Civil Veterinary Department. Central Provinces & Berar 1925-31 - 1925-1931
Year: 1925
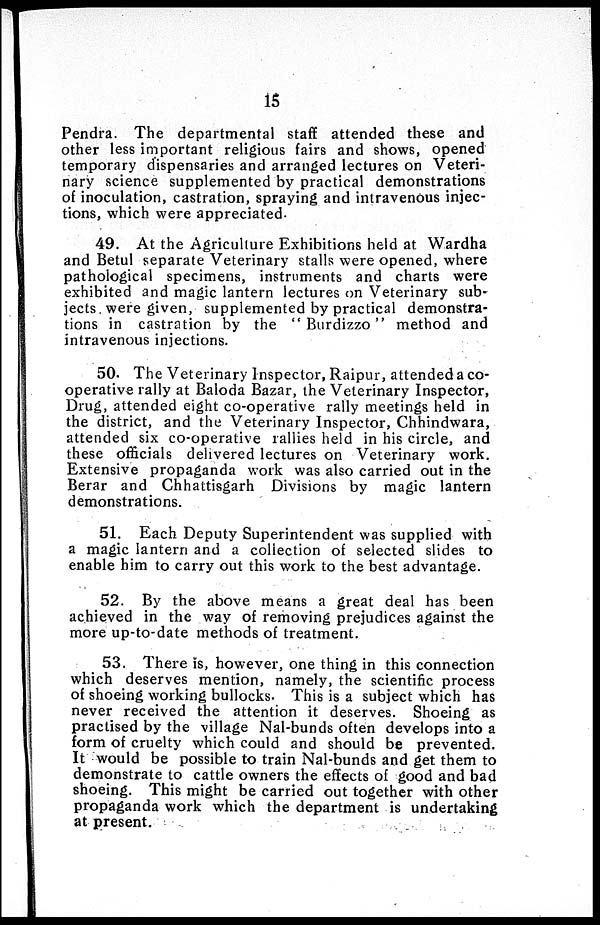
15
Pendra. The departmental staff attended these and
other less important religious fairs and shows, opened
temporary dispensaries and arranged lectures on Veteri-
nary science supplemented by practical demonstrations
of inoculation, castration, spraying and intravenous injec-
tions, which were appreciated.
49. At the Agriculture Exhibitions held at Wardha
and Betul separate Veterinary stalls were opened, where
pathological specimens, instruments and charts were
exhibited and magic lantern lectures on Veterinary sub-
jects, were given, supplemented by practical demonstra-
tions in castration by the "Burdizzo" method and
intravenous injections.
50. The Veterinary Inspector, Raipur, attended a co-
operative rally at Baloda Bazar, the Veterinary Inspector,
Drug, attended eight co-operative rally meetings held in
the district, and the Veterinary Inspector, Chhindwara,
attended six co-operative rallies held in his circle, and
these officials delivered lectures on Veterinary work.
Extensive propaganda work was also carried out in the
Berar and Chhattisgarh Divisions by magic lantern
demonstrations.
51. Each Deputy Superintendent was supplied with
a magic lantern and a collection of selected slides to
enable him to carry out this work to the best advantage.
52. By the above means a great deal has been
achieved in the way of removing prejudices against the
more up-to-date methods of treatment.
53. There is, however, one thing in this connection
which deserves mention, namely, the scientific process
of shoeing working bullocks. This is a subject which has
never received the attention it deserves. Shoeing as
practised by the village Nal-bunds often develops into a
form of cruelty which could and should be prevented.
It would be possible to train Nal-bunds and get them to
demonstrate to cattle owners the effects of good and bad
shoeing. This might be carried out together with other
propaganda work which the department is undertaking
at present.